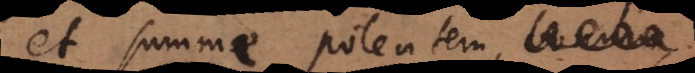
et summe potentem,